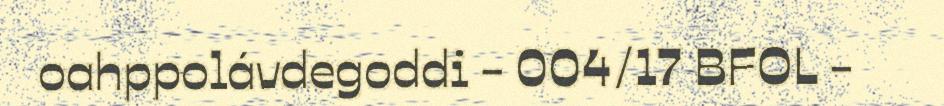
oahppolávdegoddi - 004/17 BFOL -